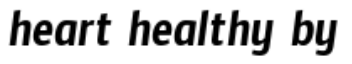
heart healthy by